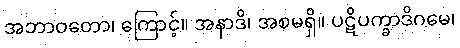
အဘာဝတော၊ ကြောင့်။ အနာဒိ၊ အစမရှိ။ ပဋိပက္ခာဒိဂမေ၊